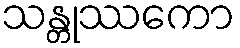
သန္တုဿကော